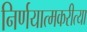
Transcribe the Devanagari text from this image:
निर्णयात्मकरीत्या